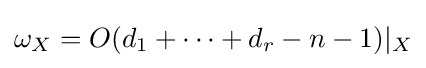
\omega _{X}=O(d_{1}+\cdots +d_{r}-n-1)|_{X}